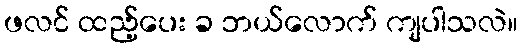
ဖလင် ထည့်ပေး ခ ဘယ်လောက် ကျပါသလဲ။